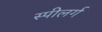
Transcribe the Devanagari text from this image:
स्पीलर्ग